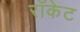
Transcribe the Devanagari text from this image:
राँकेट